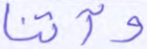
وآتنا